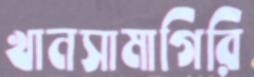
খানসামাগিরি